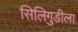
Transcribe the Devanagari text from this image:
सिलिगुडीला